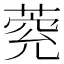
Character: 𦳾